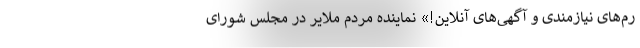
رم‌های نیازمندی و آگهی‌های آنلاین!» نماینده مردم ملایر در مجلس شورای